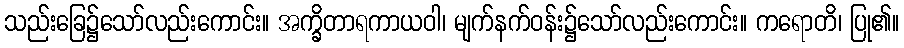
သည်းခြေ၌သော်လည်းကောင်း။ အက္ခိတာရကာယဝါ၊ မျက်နက်ဝန်း၌သော်လည်းကောင်း။ ကရောတိ၊ ပြု၏။